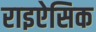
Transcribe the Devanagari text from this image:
राइऐसिक